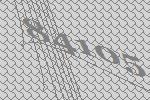
84105